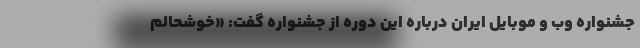
جشنواره وب و موبایل ایران درباره این دوره از جشنواره گفت: «خوشحالم